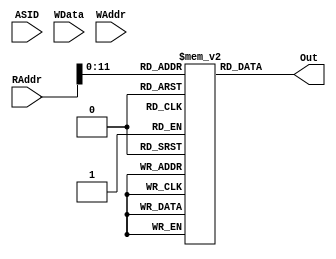
`timescale 1ns / 1ps
//////////////////////////////////////////////////////////////////////////////////
// Company: 
// Engineer: 
// 
// Design Name: 
// Module Name: DM
// Project Name: 
// Target Devices: 
// Tool Versions: 
// Description: 
// 
// Dependencies: 
// 
// Revision:
// Revision 0.01 - File Created
// Additional Comments:
// 
//////////////////////////////////////////////////////////////////////////////////


module DM(
    input[31:0] RAddr,
    input[7:0] ASID,
    input[31:0] WData,
    input[31:0] WAddr,
    
    output[31:0] Out
    );
    
    reg [31:0]mem[4095:0];
    
    assign Out = mem[RAddr];
    
endmodule